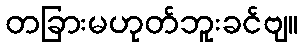
တခြားမဟုတ်ဘူးခင်ဗျ။